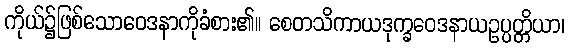
ကိုယ်၌ဖြစ်သောဝေဒနာကိုခံစား၏။ စေတသိကာယဒုက္ခဝေဒနာယဥပ္ပတ္တိယာ၊